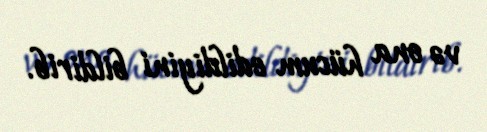
və ona hücum edildiyini bildirib.